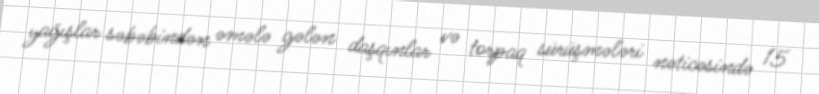
yağışlar səbəbindən əmələ gələn daşqınlar və torpaq sürüşmələri nəticəsində 15